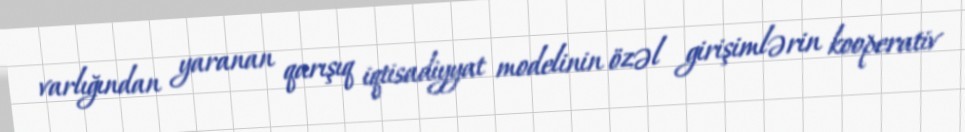
varlığından yaranan qarışıq iqtisadiyyat modelinin özəl girişimlərin kooperativ